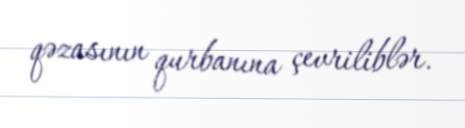
qəzasının qurbanına çevriliblər.